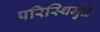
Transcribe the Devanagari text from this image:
परिस्थिमुळे